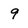
Character: 9